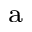
\mathrm { ^ a }